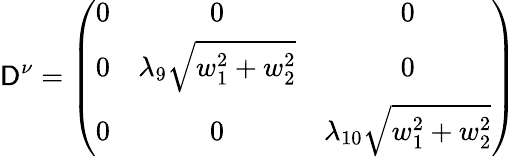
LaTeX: \mathsf{D}^{\nu}=\left(\begin{array}{ccc}{{0}}&{{0}}&{{0}}\\ {{0}}&{{\lambda_{9}\sqrt{w_{1}^{2}+w_{2}^{2}}}}&{{0}}\\ {{0}}&{{0}}&{{\lambda_{10}\sqrt{w_{1}^{2}+w_{2}^{2}}}}\end{array}\right)